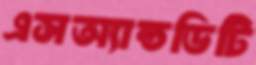
এসঅ্যান্ডডিটি